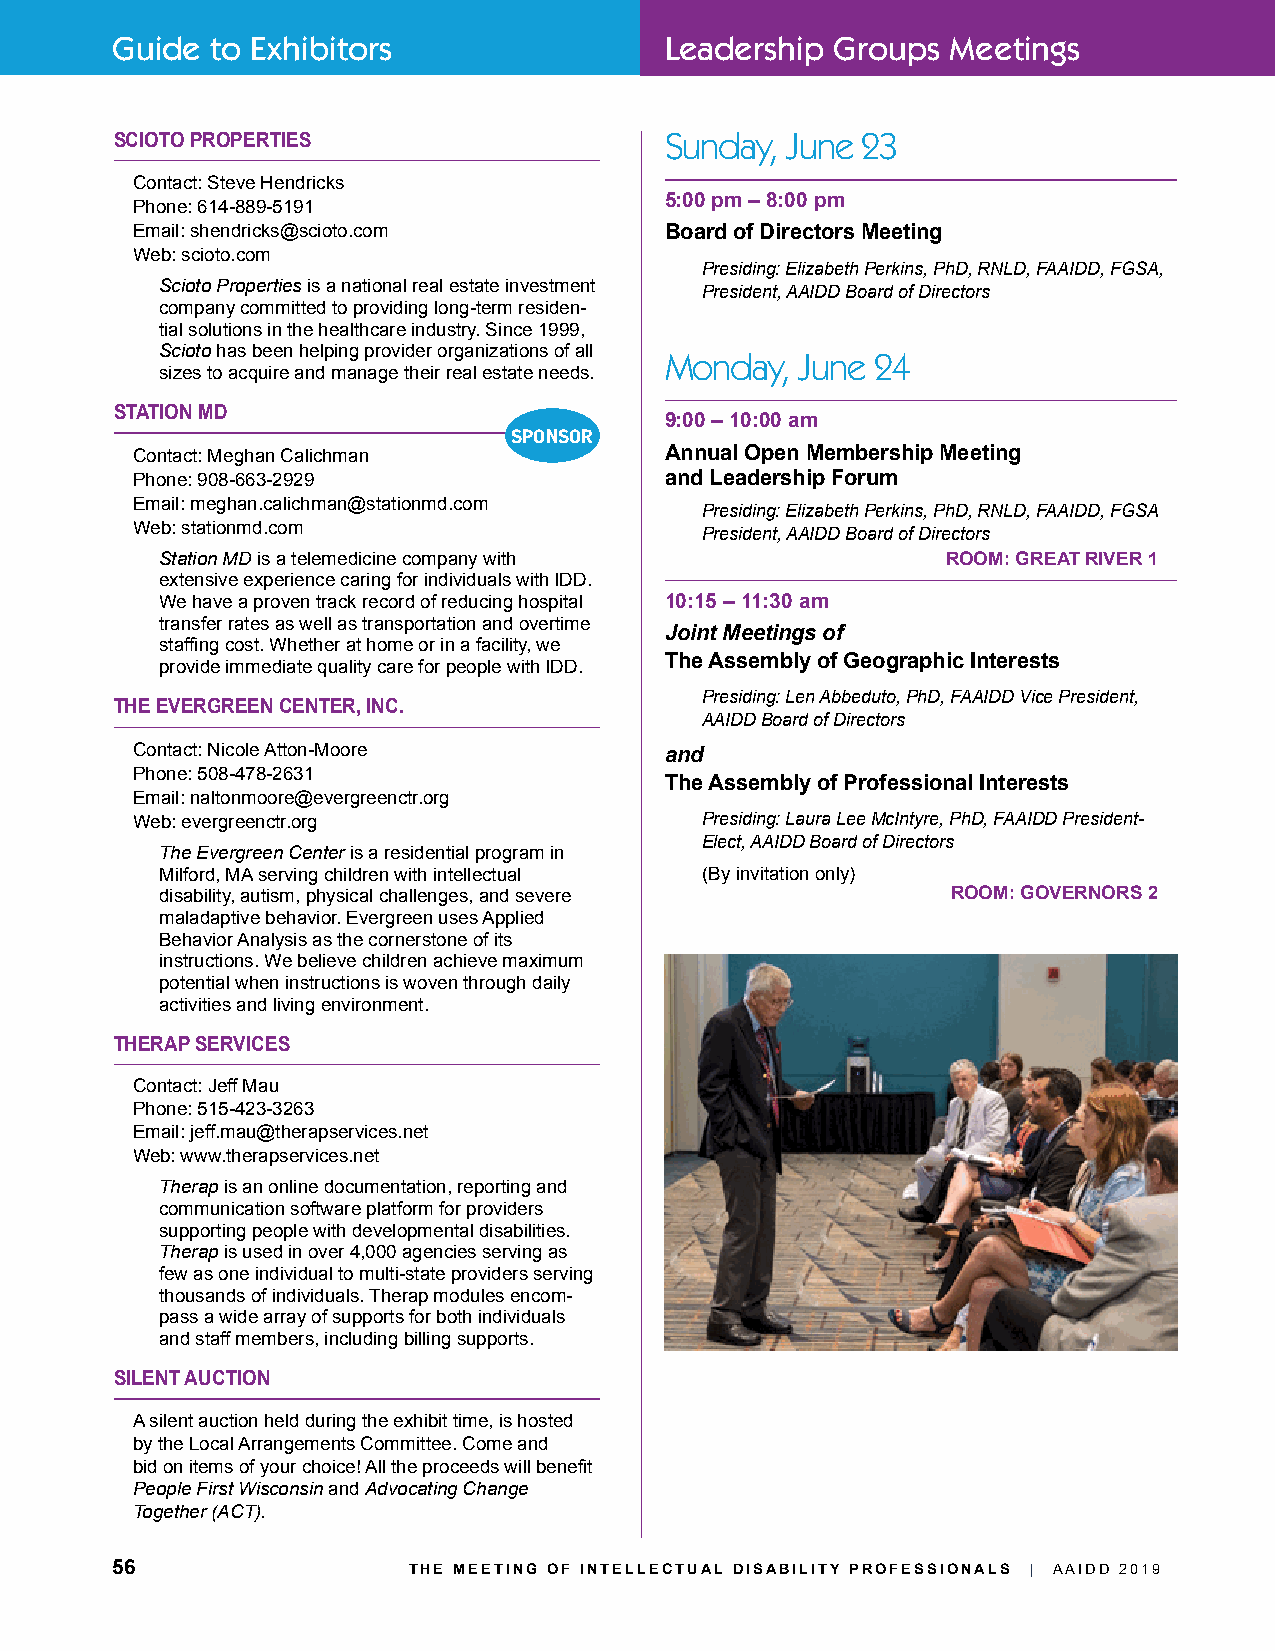
Guide  to Exhibitors                 Leadership Groups  Meetings
 SCIOTO PROPERTIES                   Sunday, June 23
 Contact: Steve Hendricks
 5:00 pm – 8:00 pm
 Phone: 614-889-5191
 Email: shendricks@scioto.com       Board of Directors Meeting
 Web: scioto.com
 Presiding: Elizabeth Perkins, PhD, RNLD, FAAIDD, FGSA,
 Scioto Properties is a national real estate investment President, AAIDD Board of Directors
 company committed to providing long-term residen-
 tial solutions in the healthcare industry. Since 1999,
 Scioto has been helping provider organizations of all
 Monday,  June 24
 sizes to acquire and manage their real estate needs.
 STATION MD
 9:00 – 10:00 am
 SPONSOR
 Annual Open Membership Meeting
 Contact: Meghan Calichman
 Phone: 908-663-2929                and Leadership Forum
 Email: meghan.calichman@stationmd.com Presiding: Elizabeth Perkins, PhD, RNLD, FAAIDD, FGSA
 Web: stationmd.com                   President, AAIDD Board of Directors
 Station MD is a telemedicine company with           ROOM: GREAT RIVER 1
 extensive experience caring for individuals with IDD.
 We have a proven track record of reducing hospital 10:15 – 11:30 am
 transfer rates as well as transportation and overtime Joint Meetings of
 staffing cost. Whether at home or in a facility, we
 The Assembly of Geographic Interests
 provide immediate quality care for people with IDD.
 Presiding: Len Abbeduto, PhD, FAAIDD Vice President,
 THE EVERGREEN CENTER, INC.
 AAIDD Board of Directors
 Contact: Nicole Atton-Moore        and
 Phone: 508-478-2631                The Assembly of Professional Interests
 Email: naltonmoore@evergreenctr.org
 Web: evergreenctr.org                Presiding: Laura Lee McIntyre, PhD, FAAIDD President-
 Elect, AAIDD Board of Directors
 The Evergreen Center is a residential program in
 Milford, MA serving children with intellectual (By invitation only)
 disability, autism, physical challenges, and severe ROOM: GOVERNORS 2
 maladaptive behavior. Evergreen uses Applied
 Behavior Analysis as the cornerstone of its
 instructions. We believe children achieve maximum
 potential when instructions is woven through daily
 activities and living environment.
 THERAP SERVICES
 Contact: Jeff Mau
 Phone: 515-423-3263
 Email: jeff.mau@therapservices.net
 Web: www.therapservices.net
 Therap is an online documentation, reporting and
 communication software platform for providers
 supporting people with developmental disabilities.
 Therap is used in over 4,000 agencies serving as
 few as one individual to multi-state providers serving
 thousands of individuals. Therap modules encom-
 pass a wide array of supports for both individuals
 and staff members, including billing supports.
 SILENT AUCTION
 A silent auction held during the exhibit time, is hosted
 by the Local Arrangements Committee. Come and
 bid on items of your choice! All the proceeds will benefit
 People First Wisconsin and Advocating Change
 Together (ACT).
 56                  THE MEETING OF INTELLECTUAL DISABILITY PROFESSIONALS | AAIDD 2019